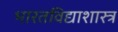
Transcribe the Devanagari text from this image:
भारतविद्याशास्त्र